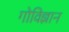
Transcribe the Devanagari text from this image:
गोविज्ञान